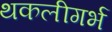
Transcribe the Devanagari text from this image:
थकलीगर्भ